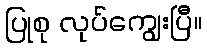
ပြုစု လုပ်ကျွေးပြီ။